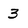
Character: 3